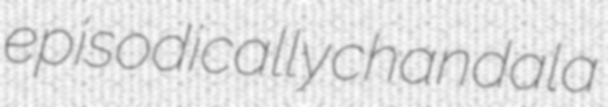
episodically chandala